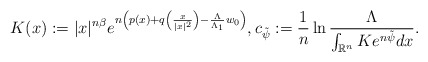
\begin{align*}K(x):=|x|^{n\beta}e^{n\left(p(x)+q\left(\frac{x}{|x|^2}\right)-\frac{\Lambda}{\Lambda_1}w_0\right)}, c_{\tilde{\psi}}:=\frac{1}{n}\ln \frac{\Lambda}{\int_{\mathbb{R}^n}Ke^{n\tilde{\psi}}dx}.\end{align*}